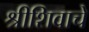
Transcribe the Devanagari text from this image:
श्रीशिवाचे